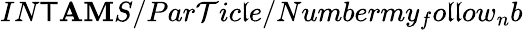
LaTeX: IN\mathsf{T}\mathbf{A}\mathbf{M}S/Par\mathcal{T}ic\mathfrak{l}e/Numbermy_{f}o\mathfrak{l}\mathfrak{l}ow_{n}b